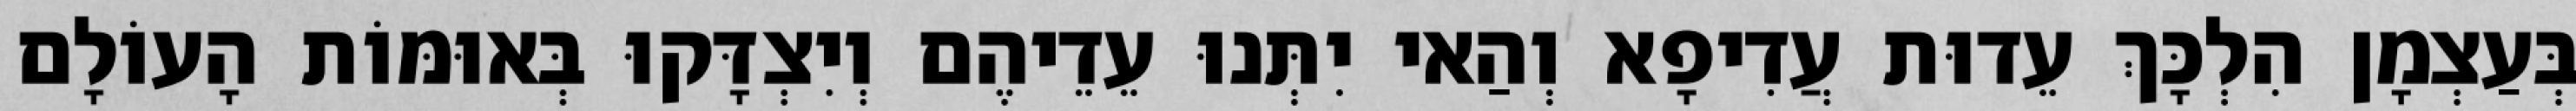
בְּעַצְמָן הִלְכָּךְ עֵדוּת עֲדִיפָא וְהַאי יִתְּנוּ עֵדֵיהֶם וְיִצְדָּקוּ בְּאוּמּוֹת הָעוֹלָם